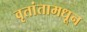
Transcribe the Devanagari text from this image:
वृतांतामधून